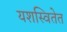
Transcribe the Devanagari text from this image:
यशस्वितेत